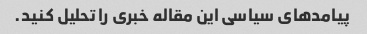
پیامدهای سیاسی این مقاله خبری را تحلیل کنید.